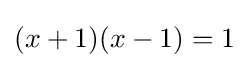
(x+1)(x-1)=1